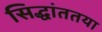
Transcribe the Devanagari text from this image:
सिद्धांततया